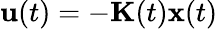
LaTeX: \mathbf{u}(t)=-\mathbf{K}(t)\mathbf{x}(t)